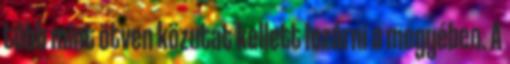
több mint ötven közutat kellett lezárni a megyében. A